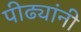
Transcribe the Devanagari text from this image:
पीढ्यांनी